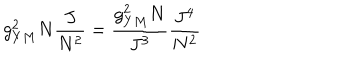
g _ { Y M } ^ { 2 } N \frac { J } { N ^ { 2 } } = \frac { g _ { Y M } ^ { 2 } N } { J ^ { 3 } } \frac { J ^ { 4 } } { N ^ { 2 } }